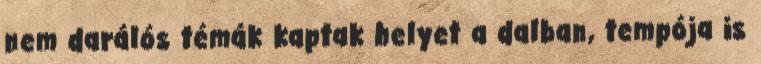
nem darálós témák kaptak helyet a dalban, tempója is